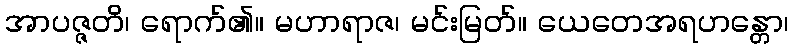
အာပဇ္ဇတိ၊ ရောက်၏။ မဟာရာဇ၊ မင်းမြတ်။ ယေတေအရဟန္တော၊